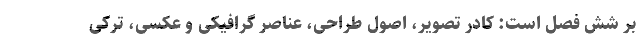
بر شش فصل است: کادر تصویر، اصول طراحی، عناصر گرافیکی و عکسی، ترکی